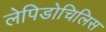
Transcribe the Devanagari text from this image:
लेपिडोचिलिस